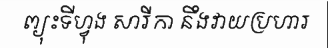
ព្យុះទីហ្វុង សារីកា នឹងវាយប្រហារ